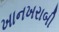
ખાનખરાબી